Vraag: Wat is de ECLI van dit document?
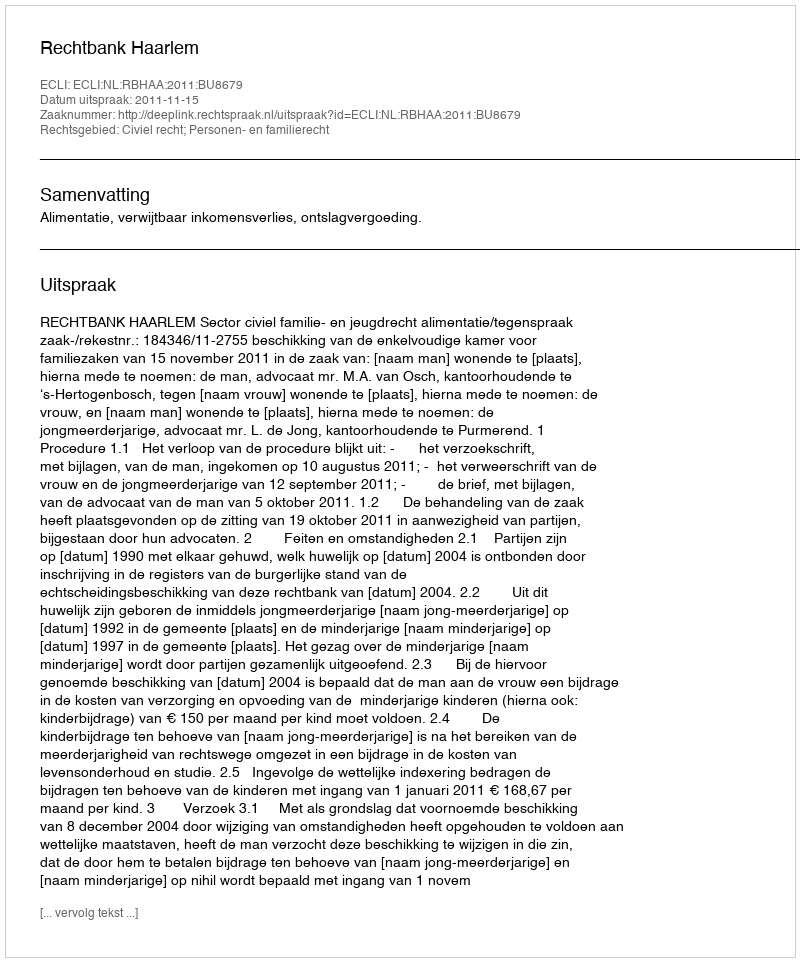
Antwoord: ECLI:NL:RBHAA:2011:BU8679